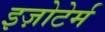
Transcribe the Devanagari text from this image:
इज़ोटेर्म